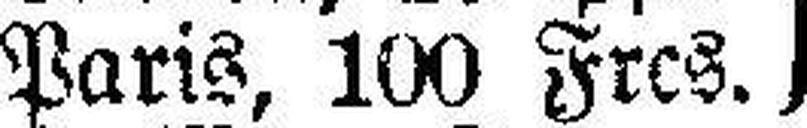
Paris, 100 Frcs.